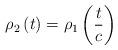
LaTeX: \begin{align*}\rho_{2}\left( t\right) =\rho_{1}\left( \frac{t}{c}\right) \end{align*}